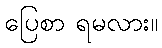
ပြေစာ ရမလား။